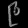
Digit: ၉